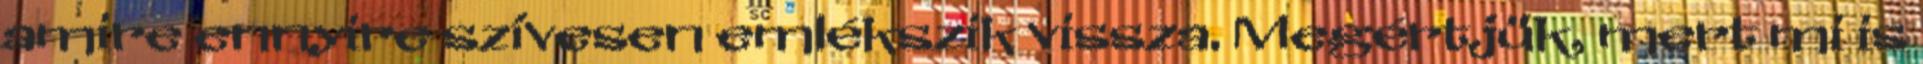
amire ennyire szívesen emlékszik vissza. Megértjük, mert mi is